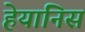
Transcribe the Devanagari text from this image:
हेयानिस